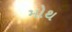
મોથ